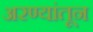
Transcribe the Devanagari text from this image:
अरण्यांतून